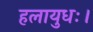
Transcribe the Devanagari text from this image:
हलायुधः।